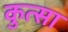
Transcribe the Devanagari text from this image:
कुत्सा